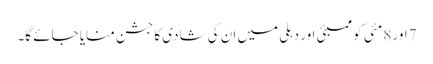
7اور 8 مئی کو ممبئی اور دہلی میں ان کی شادی کا جشن منایا جائے گا۔